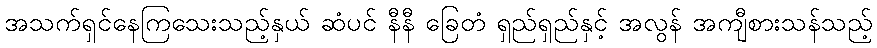
အသက်ရှင်နေကြသေးသည့်နှယ် ဆံပင် နီနီ ခြေတံ ရှည်ရှည်နှင့် အလွန် အကျီစားသန်သည့်